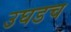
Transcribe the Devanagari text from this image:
उघडच